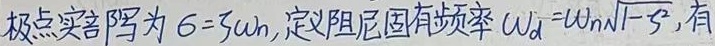
极点实部写为$\sigma = \zeta \omega_{n}$， 定义阻尼固有频率$\omega_{d}=\omega_{n}\sqrt{1 - \zeta^{2}}$， 有